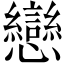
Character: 戀